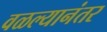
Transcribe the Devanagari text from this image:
वळल्यानंतर